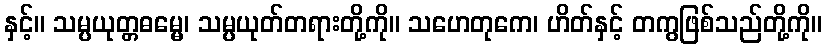
နှင့်။ သမ္ပယုတ္တဓမ္မေ၊ သမ္ပယုတ်တရားတို့ကို။ သဟေတုကေ၊ ဟိတ်နှင့် တကွဖြစ်သည်တို့ကို။